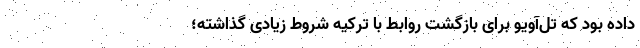
داده بود که تل‌آویو برای بازگشت روابط با ترکیه شروط زیادی گذاشته؛